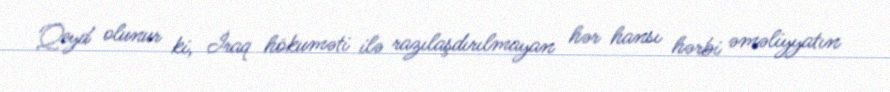
Qeyd olunur ki, İraq hökuməti ilə razılaşdırılmayan hər hansı hərbi əməliyyatın